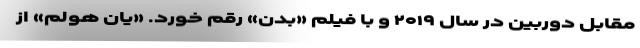
مقابل دوربین در سال ۲۰۱۹ و با فیلم «بدن» رقم خورد. «یان هولم» از